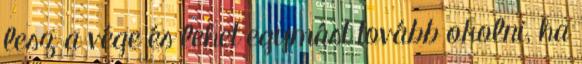
lesz a vége és lehet egymást tovább okolni, ha